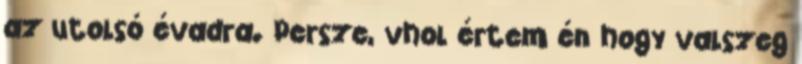
az utolsó évadra. Persze, vhol értem én hogy valszeg